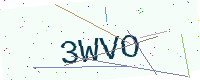
Text: 3WVO